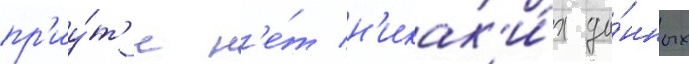
пр'иу́т'е н'е́т н'икак'и́х да́нных